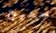
صحيح